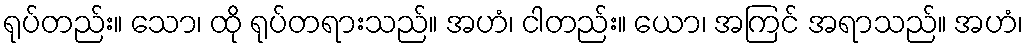
ရုပ်တည်း။ သော၊ ထို ရုပ်တရားသည်။ အဟံ၊ ငါတည်း။ ယော၊ အကြင် အရာသည်။ အဟံ၊